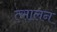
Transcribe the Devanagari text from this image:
त्सालन